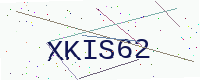
Text: XKIS62